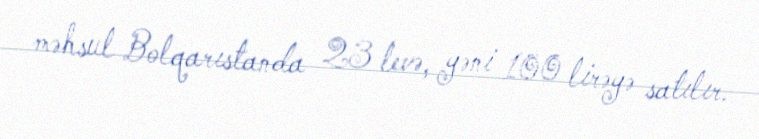
məhsul Bolqarıstanda 23 levə, yəni 100 lirəyə satılır.